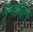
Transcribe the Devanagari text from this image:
मूर्सविल